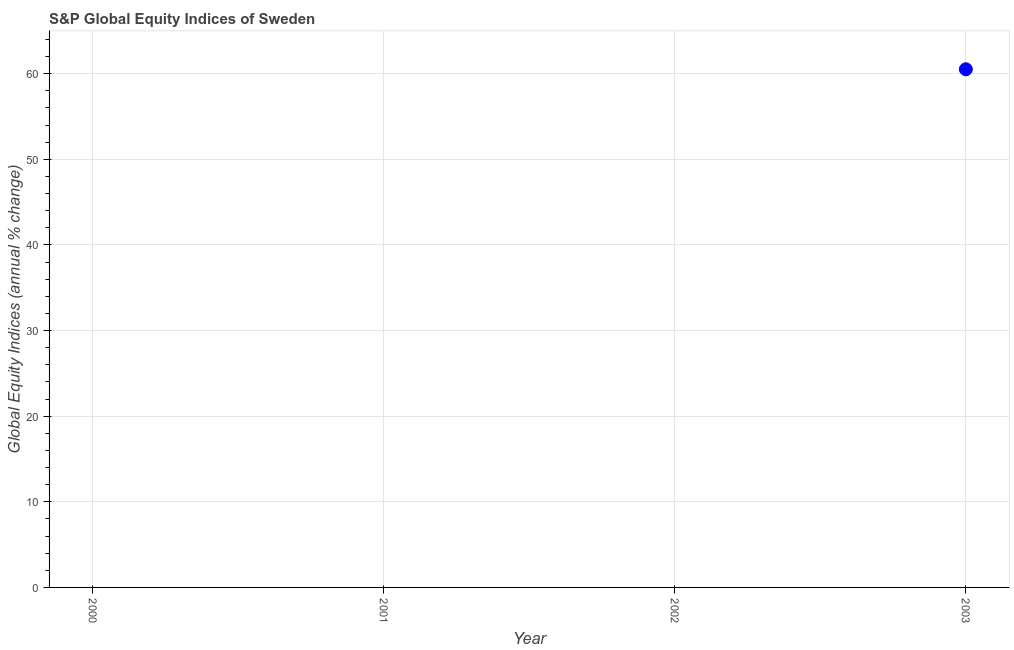
| Year | S&P Global Equity Indices |
 | --- | --- |
 | 2000 | -20.4 |
 | 2001 | -29.3 |
 | 2002 | -29.1 |
 | 2003 | 60.5 |